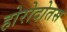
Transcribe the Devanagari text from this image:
होरोदोतस